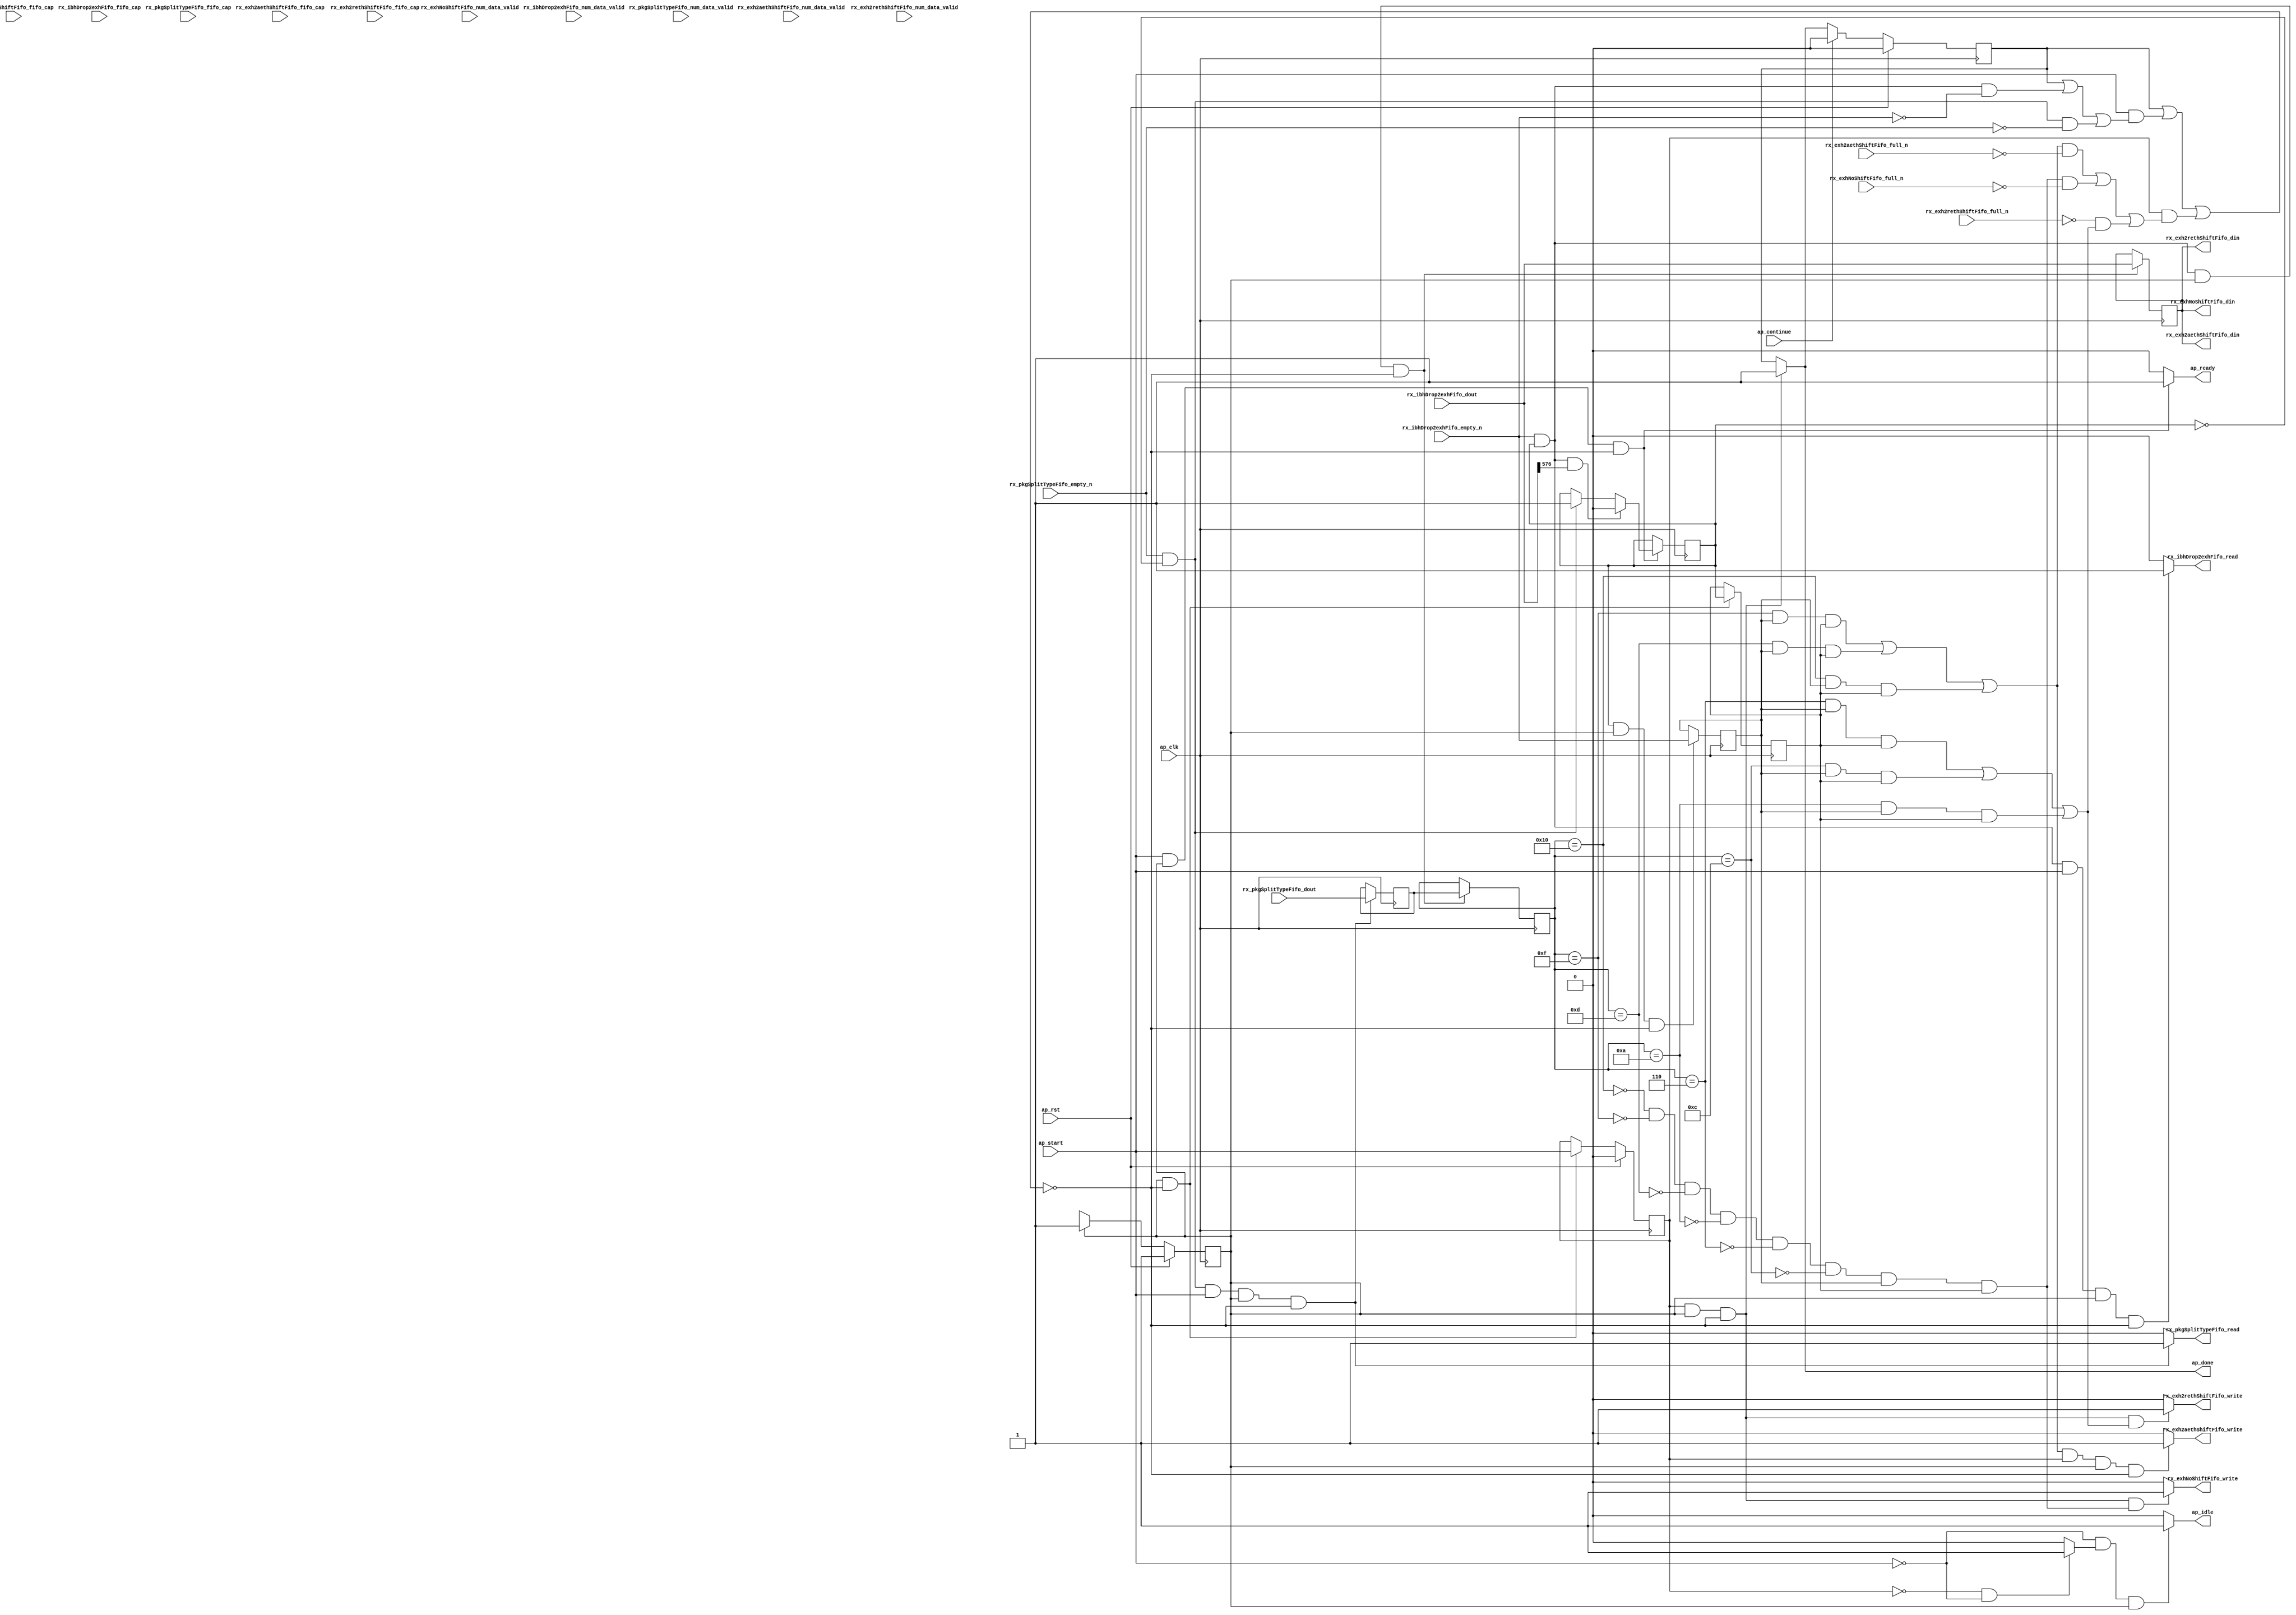
// ==============================================================
// RTL generated by Vitis HLS - High-Level Synthesis from C, C++ and OpenCL v2022.2 (64-bit)
// Version: 2022.2
// Copyright (C) Copyright 1986-2022 Xilinx, Inc. All Rights Reserved.
// 
// ===========================================================

`timescale 1 ns / 1 ps 

module rocev2_top_rx_exh_payload_512_0_s (
        ap_clk,
        ap_rst,
        ap_start,
        ap_done,
        ap_continue,
        ap_idle,
        ap_ready,
        rx_pkgSplitTypeFifo_dout,
        rx_pkgSplitTypeFifo_num_data_valid,
        rx_pkgSplitTypeFifo_fifo_cap,
        rx_pkgSplitTypeFifo_empty_n,
        rx_pkgSplitTypeFifo_read,
        rx_ibhDrop2exhFifo_dout,
        rx_ibhDrop2exhFifo_num_data_valid,
        rx_ibhDrop2exhFifo_fifo_cap,
        rx_ibhDrop2exhFifo_empty_n,
        rx_ibhDrop2exhFifo_read,
        rx_exh2aethShiftFifo_din,
        rx_exh2aethShiftFifo_num_data_valid,
        rx_exh2aethShiftFifo_fifo_cap,
        rx_exh2aethShiftFifo_full_n,
        rx_exh2aethShiftFifo_write,
        rx_exh2rethShiftFifo_din,
        rx_exh2rethShiftFifo_num_data_valid,
        rx_exh2rethShiftFifo_fifo_cap,
        rx_exh2rethShiftFifo_full_n,
        rx_exh2rethShiftFifo_write,
        rx_exhNoShiftFifo_din,
        rx_exhNoShiftFifo_num_data_valid,
        rx_exhNoShiftFifo_fifo_cap,
        rx_exhNoShiftFifo_full_n,
        rx_exhNoShiftFifo_write
);

parameter    ap_ST_fsm_pp0_stage0 = 1'd1;

input   ap_clk;
input   ap_rst;
input   ap_start;
output   ap_done;
input   ap_continue;
output   ap_idle;
output   ap_ready;
input  [4:0] rx_pkgSplitTypeFifo_dout;
input  [1:0] rx_pkgSplitTypeFifo_num_data_valid;
input  [1:0] rx_pkgSplitTypeFifo_fifo_cap;
input   rx_pkgSplitTypeFifo_empty_n;
output   rx_pkgSplitTypeFifo_read;
input  [1023:0] rx_ibhDrop2exhFifo_dout;
input  [5:0] rx_ibhDrop2exhFifo_num_data_valid;
input  [5:0] rx_ibhDrop2exhFifo_fifo_cap;
input   rx_ibhDrop2exhFifo_empty_n;
output   rx_ibhDrop2exhFifo_read;
output  [1023:0] rx_exh2aethShiftFifo_din;
input  [2:0] rx_exh2aethShiftFifo_num_data_valid;
input  [2:0] rx_exh2aethShiftFifo_fifo_cap;
input   rx_exh2aethShiftFifo_full_n;
output   rx_exh2aethShiftFifo_write;
output  [1023:0] rx_exh2rethShiftFifo_din;
input  [2:0] rx_exh2rethShiftFifo_num_data_valid;
input  [2:0] rx_exh2rethShiftFifo_fifo_cap;
input   rx_exh2rethShiftFifo_full_n;
output   rx_exh2rethShiftFifo_write;
output  [1023:0] rx_exhNoShiftFifo_din;
input  [2:0] rx_exhNoShiftFifo_num_data_valid;
input  [2:0] rx_exhNoShiftFifo_fifo_cap;
input   rx_exhNoShiftFifo_full_n;
output   rx_exhNoShiftFifo_write;

reg ap_done;
reg ap_idle;
reg ap_ready;
reg rx_pkgSplitTypeFifo_read;
reg rx_ibhDrop2exhFifo_read;
reg rx_exh2aethShiftFifo_write;
reg rx_exh2rethShiftFifo_write;
reg rx_exhNoShiftFifo_write;

(* fsm_encoding = "none" *) reg   [0:0] ap_CS_fsm;
wire    ap_CS_fsm_pp0_stage0;
wire    ap_enable_reg_pp0_iter0;
reg    ap_enable_reg_pp0_iter1;
reg    ap_idle_pp0;
wire   [0:0] tmp_i_nbreadreq_fu_58_p3;
reg    ap_predicate_op28_read_state1;
wire   [0:0] tmp_i_178_nbreadreq_fu_72_p3;
reg    ap_predicate_op35_read_state1;
reg    ap_done_reg;
reg    ap_block_state1_pp0_stage0_iter0;
reg   [0:0] rep_state_load_reg_141;
reg   [0:0] tmp_i_178_reg_148;
reg   [4:0] code_V_reg_162;
reg    ap_predicate_op45_write_state2;
reg    ap_predicate_op47_write_state2;
reg    ap_predicate_op49_write_state2;
reg    ap_block_state2_pp0_stage0_iter1;
reg    ap_block_pp0_stage0_subdone;
reg   [0:0] rep_state;
reg   [4:0] meta_op_code_V_1;
reg    rx_pkgSplitTypeFifo_blk_n;
wire    ap_block_pp0_stage0;
reg    rx_ibhDrop2exhFifo_blk_n;
reg    rx_exh2rethShiftFifo_blk_n;
reg    rx_exh2aethShiftFifo_blk_n;
reg    rx_exhNoShiftFifo_blk_n;
reg    ap_block_pp0_stage0_11001;
reg   [1023:0] rx_ibhDrop2exhFifo_read_reg_152;
wire   [0:0] currWord_last_V_fu_123_p3;
reg    ap_block_pp0_stage0_01001;
reg   [0:0] ap_NS_fsm;
reg    ap_idle_pp0_0to0;
reg    ap_reset_idle_pp0;
wire    ap_enable_pp0;
reg    ap_condition_188;
reg    ap_condition_184;
wire    ap_ce_reg;

// power-on initialization
initial begin
#0 ap_CS_fsm = 1'd1;
#0 ap_enable_reg_pp0_iter1 = 1'b0;
#0 ap_done_reg = 1'b0;
#0 rep_state = 1'd0;
#0 meta_op_code_V_1 = 5'd0;
end

always @ (posedge ap_clk) begin
    if (ap_rst == 1'b1) begin
        ap_CS_fsm <= ap_ST_fsm_pp0_stage0;
    end else begin
        ap_CS_fsm <= ap_NS_fsm;
    end
end

always @ (posedge ap_clk) begin
    if (ap_rst == 1'b1) begin
        ap_done_reg <= 1'b0;
    end else begin
        if ((ap_continue == 1'b1)) begin
            ap_done_reg <= 1'b0;
        end else if (((ap_enable_reg_pp0_iter1 == 1'b1) & (1'b1 == ap_CS_fsm_pp0_stage0) & (1'b0 == ap_block_pp0_stage0_subdone))) begin
            ap_done_reg <= 1'b1;
        end
    end
end

always @ (posedge ap_clk) begin
    if (ap_rst == 1'b1) begin
        ap_enable_reg_pp0_iter1 <= 1'b0;
    end else begin
        if (((1'b1 == ap_CS_fsm_pp0_stage0) & (1'b0 == ap_block_pp0_stage0_subdone))) begin
            ap_enable_reg_pp0_iter1 <= ap_start;
        end
    end
end

always @ (posedge ap_clk) begin
    if ((1'b1 == ap_condition_184)) begin
        if ((1'b1 == ap_condition_188)) begin
            rep_state <= 1'd0;
        end else if (((tmp_i_nbreadreq_fu_58_p3 == 1'd1) & (rep_state == 1'd0))) begin
            rep_state <= 1'd1;
        end
    end
end

always @ (posedge ap_clk) begin
    if (((tmp_i_178_nbreadreq_fu_72_p3 == 1'd1) & (rep_state == 1'd1) & (1'b1 == ap_CS_fsm_pp0_stage0) & (1'b0 == ap_block_pp0_stage0_11001))) begin
        code_V_reg_162 <= meta_op_code_V_1;
    end
end

always @ (posedge ap_clk) begin
    if (((tmp_i_nbreadreq_fu_58_p3 == 1'd1) & (rep_state == 1'd0) & (ap_start == 1'b1) & (1'b1 == ap_CS_fsm_pp0_stage0) & (1'b0 == ap_block_pp0_stage0_11001))) begin
        meta_op_code_V_1 <= rx_pkgSplitTypeFifo_dout;
    end
end

always @ (posedge ap_clk) begin
    if (((1'b1 == ap_CS_fsm_pp0_stage0) & (1'b0 == ap_block_pp0_stage0_11001))) begin
        rep_state_load_reg_141 <= rep_state;
    end
end

always @ (posedge ap_clk) begin
    if (((ap_predicate_op35_read_state1 == 1'b1) & (1'b1 == ap_CS_fsm_pp0_stage0) & (1'b0 == ap_block_pp0_stage0_11001))) begin
        rx_ibhDrop2exhFifo_read_reg_152 <= rx_ibhDrop2exhFifo_dout;
    end
end

always @ (posedge ap_clk) begin
    if (((rep_state == 1'd1) & (1'b1 == ap_CS_fsm_pp0_stage0) & (1'b0 == ap_block_pp0_stage0_11001))) begin
        tmp_i_178_reg_148 <= tmp_i_178_nbreadreq_fu_72_p3;
    end
end

always @ (*) begin
    if (((ap_enable_reg_pp0_iter1 == 1'b1) & (1'b1 == ap_CS_fsm_pp0_stage0) & (1'b0 == ap_block_pp0_stage0_subdone))) begin
        ap_done = 1'b1;
    end else begin
        ap_done = ap_done_reg;
    end
end

always @ (*) begin
    if (((ap_start == 1'b0) & (ap_idle_pp0 == 1'b1) & (1'b1 == ap_CS_fsm_pp0_stage0))) begin
        ap_idle = 1'b1;
    end else begin
        ap_idle = 1'b0;
    end
end

always @ (*) begin
    if (((ap_enable_reg_pp0_iter1 == 1'b0) & (ap_enable_reg_pp0_iter0 == 1'b0))) begin
        ap_idle_pp0 = 1'b1;
    end else begin
        ap_idle_pp0 = 1'b0;
    end
end

always @ (*) begin
    if ((ap_enable_reg_pp0_iter0 == 1'b0)) begin
        ap_idle_pp0_0to0 = 1'b1;
    end else begin
        ap_idle_pp0_0to0 = 1'b0;
    end
end

always @ (*) begin
    if (((ap_start == 1'b1) & (1'b1 == ap_CS_fsm_pp0_stage0) & (1'b0 == ap_block_pp0_stage0_subdone))) begin
        ap_ready = 1'b1;
    end else begin
        ap_ready = 1'b0;
    end
end

always @ (*) begin
    if (((ap_start == 1'b0) & (ap_idle_pp0_0to0 == 1'b1))) begin
        ap_reset_idle_pp0 = 1'b1;
    end else begin
        ap_reset_idle_pp0 = 1'b0;
    end
end

always @ (*) begin
    if (((ap_predicate_op45_write_state2 == 1'b1) & (ap_enable_reg_pp0_iter1 == 1'b1) & (1'b1 == ap_CS_fsm_pp0_stage0) & (1'b0 == ap_block_pp0_stage0))) begin
        rx_exh2aethShiftFifo_blk_n = rx_exh2aethShiftFifo_full_n;
    end else begin
        rx_exh2aethShiftFifo_blk_n = 1'b1;
    end
end

always @ (*) begin
    if (((ap_predicate_op45_write_state2 == 1'b1) & (ap_enable_reg_pp0_iter1 == 1'b1) & (1'b1 == ap_CS_fsm_pp0_stage0) & (1'b0 == ap_block_pp0_stage0_11001))) begin
        rx_exh2aethShiftFifo_write = 1'b1;
    end else begin
        rx_exh2aethShiftFifo_write = 1'b0;
    end
end

always @ (*) begin
    if (((ap_enable_reg_pp0_iter1 == 1'b1) & (1'b1 == ap_CS_fsm_pp0_stage0) & (1'b0 == ap_block_pp0_stage0) & (ap_predicate_op47_write_state2 == 1'b1))) begin
        rx_exh2rethShiftFifo_blk_n = rx_exh2rethShiftFifo_full_n;
    end else begin
        rx_exh2rethShiftFifo_blk_n = 1'b1;
    end
end

always @ (*) begin
    if (((ap_enable_reg_pp0_iter1 == 1'b1) & (1'b1 == ap_CS_fsm_pp0_stage0) & (1'b0 == ap_block_pp0_stage0_11001) & (ap_predicate_op47_write_state2 == 1'b1))) begin
        rx_exh2rethShiftFifo_write = 1'b1;
    end else begin
        rx_exh2rethShiftFifo_write = 1'b0;
    end
end

always @ (*) begin
    if (((ap_enable_reg_pp0_iter1 == 1'b1) & (1'b1 == ap_CS_fsm_pp0_stage0) & (1'b0 == ap_block_pp0_stage0) & (ap_predicate_op49_write_state2 == 1'b1))) begin
        rx_exhNoShiftFifo_blk_n = rx_exhNoShiftFifo_full_n;
    end else begin
        rx_exhNoShiftFifo_blk_n = 1'b1;
    end
end

always @ (*) begin
    if (((ap_enable_reg_pp0_iter1 == 1'b1) & (1'b1 == ap_CS_fsm_pp0_stage0) & (1'b0 == ap_block_pp0_stage0_11001) & (ap_predicate_op49_write_state2 == 1'b1))) begin
        rx_exhNoShiftFifo_write = 1'b1;
    end else begin
        rx_exhNoShiftFifo_write = 1'b0;
    end
end

always @ (*) begin
    if (((ap_done_reg == 1'b0) & (ap_predicate_op35_read_state1 == 1'b1) & (ap_start == 1'b1) & (1'b1 == ap_CS_fsm_pp0_stage0) & (1'b0 == ap_block_pp0_stage0))) begin
        rx_ibhDrop2exhFifo_blk_n = rx_ibhDrop2exhFifo_empty_n;
    end else begin
        rx_ibhDrop2exhFifo_blk_n = 1'b1;
    end
end

always @ (*) begin
    if (((ap_predicate_op35_read_state1 == 1'b1) & (ap_start == 1'b1) & (1'b1 == ap_CS_fsm_pp0_stage0) & (1'b0 == ap_block_pp0_stage0_11001))) begin
        rx_ibhDrop2exhFifo_read = 1'b1;
    end else begin
        rx_ibhDrop2exhFifo_read = 1'b0;
    end
end

always @ (*) begin
    if (((ap_done_reg == 1'b0) & (ap_predicate_op28_read_state1 == 1'b1) & (ap_start == 1'b1) & (1'b1 == ap_CS_fsm_pp0_stage0) & (1'b0 == ap_block_pp0_stage0))) begin
        rx_pkgSplitTypeFifo_blk_n = rx_pkgSplitTypeFifo_empty_n;
    end else begin
        rx_pkgSplitTypeFifo_blk_n = 1'b1;
    end
end

always @ (*) begin
    if (((ap_predicate_op28_read_state1 == 1'b1) & (ap_start == 1'b1) & (1'b1 == ap_CS_fsm_pp0_stage0) & (1'b0 == ap_block_pp0_stage0_11001))) begin
        rx_pkgSplitTypeFifo_read = 1'b1;
    end else begin
        rx_pkgSplitTypeFifo_read = 1'b0;
    end
end

always @ (*) begin
    case (ap_CS_fsm)
        ap_ST_fsm_pp0_stage0 : begin
            ap_NS_fsm = ap_ST_fsm_pp0_stage0;
        end
        default : begin
            ap_NS_fsm = 'bx;
        end
    endcase
end

assign ap_CS_fsm_pp0_stage0 = ap_CS_fsm[32'd0];

assign ap_block_pp0_stage0 = ~(1'b1 == 1'b1);

always @ (*) begin
    ap_block_pp0_stage0_01001 = ((ap_done_reg == 1'b1) | ((ap_start == 1'b1) & ((ap_done_reg == 1'b1) | ((ap_predicate_op35_read_state1 == 1'b1) & (rx_ibhDrop2exhFifo_empty_n == 1'b0)) | ((ap_predicate_op28_read_state1 == 1'b1) & (rx_pkgSplitTypeFifo_empty_n == 1'b0)))) | ((ap_enable_reg_pp0_iter1 == 1'b1) & (((ap_predicate_op45_write_state2 == 1'b1) & (rx_exh2aethShiftFifo_full_n == 1'b0)) | ((ap_predicate_op49_write_state2 == 1'b1) & (rx_exhNoShiftFifo_full_n == 1'b0)) | ((rx_exh2rethShiftFifo_full_n == 1'b0) & (ap_predicate_op47_write_state2 == 1'b1)))));
end

always @ (*) begin
    ap_block_pp0_stage0_11001 = ((ap_done_reg == 1'b1) | ((ap_start == 1'b1) & ((ap_done_reg == 1'b1) | ((ap_predicate_op35_read_state1 == 1'b1) & (rx_ibhDrop2exhFifo_empty_n == 1'b0)) | ((ap_predicate_op28_read_state1 == 1'b1) & (rx_pkgSplitTypeFifo_empty_n == 1'b0)))) | ((ap_enable_reg_pp0_iter1 == 1'b1) & (((ap_predicate_op45_write_state2 == 1'b1) & (rx_exh2aethShiftFifo_full_n == 1'b0)) | ((ap_predicate_op49_write_state2 == 1'b1) & (rx_exhNoShiftFifo_full_n == 1'b0)) | ((rx_exh2rethShiftFifo_full_n == 1'b0) & (ap_predicate_op47_write_state2 == 1'b1)))));
end

always @ (*) begin
    ap_block_pp0_stage0_subdone = ((ap_done_reg == 1'b1) | ((ap_start == 1'b1) & ((ap_done_reg == 1'b1) | ((ap_predicate_op35_read_state1 == 1'b1) & (rx_ibhDrop2exhFifo_empty_n == 1'b0)) | ((ap_predicate_op28_read_state1 == 1'b1) & (rx_pkgSplitTypeFifo_empty_n == 1'b0)))) | ((ap_enable_reg_pp0_iter1 == 1'b1) & (((ap_predicate_op45_write_state2 == 1'b1) & (rx_exh2aethShiftFifo_full_n == 1'b0)) | ((ap_predicate_op49_write_state2 == 1'b1) & (rx_exhNoShiftFifo_full_n == 1'b0)) | ((rx_exh2rethShiftFifo_full_n == 1'b0) & (ap_predicate_op47_write_state2 == 1'b1)))));
end

always @ (*) begin
    ap_block_state1_pp0_stage0_iter0 = ((ap_done_reg == 1'b1) | ((ap_predicate_op35_read_state1 == 1'b1) & (rx_ibhDrop2exhFifo_empty_n == 1'b0)) | ((ap_predicate_op28_read_state1 == 1'b1) & (rx_pkgSplitTypeFifo_empty_n == 1'b0)));
end

always @ (*) begin
    ap_block_state2_pp0_stage0_iter1 = (((ap_predicate_op45_write_state2 == 1'b1) & (rx_exh2aethShiftFifo_full_n == 1'b0)) | ((ap_predicate_op49_write_state2 == 1'b1) & (rx_exhNoShiftFifo_full_n == 1'b0)) | ((rx_exh2rethShiftFifo_full_n == 1'b0) & (ap_predicate_op47_write_state2 == 1'b1)));
end

always @ (*) begin
    ap_condition_184 = ((ap_start == 1'b1) & (1'b1 == ap_CS_fsm_pp0_stage0) & (1'b0 == ap_block_pp0_stage0_11001));
end

always @ (*) begin
    ap_condition_188 = ((tmp_i_178_nbreadreq_fu_72_p3 == 1'd1) & (rep_state == 1'd1) & (currWord_last_V_fu_123_p3 == 1'd1));
end

assign ap_enable_pp0 = (ap_idle_pp0 ^ 1'b1);

assign ap_enable_reg_pp0_iter0 = ap_start;

always @ (*) begin
    ap_predicate_op28_read_state1 = ((tmp_i_nbreadreq_fu_58_p3 == 1'd1) & (rep_state == 1'd0));
end

always @ (*) begin
    ap_predicate_op35_read_state1 = ((tmp_i_178_nbreadreq_fu_72_p3 == 1'd1) & (rep_state == 1'd1));
end

always @ (*) begin
    ap_predicate_op45_write_state2 = ((((code_V_reg_162 == 5'd15) & (tmp_i_178_reg_148 == 1'd1) & (rep_state_load_reg_141 == 1'd1)) | ((code_V_reg_162 == 5'd13) & (tmp_i_178_reg_148 == 1'd1) & (rep_state_load_reg_141 == 1'd1))) | ((code_V_reg_162 == 5'd16) & (tmp_i_178_reg_148 == 1'd1) & (rep_state_load_reg_141 == 1'd1)));
end

always @ (*) begin
    ap_predicate_op47_write_state2 = ((((code_V_reg_162 == 5'd6) & (tmp_i_178_reg_148 == 1'd1) & (rep_state_load_reg_141 == 1'd1)) | ((code_V_reg_162 == 5'd12) & (tmp_i_178_reg_148 == 1'd1) & (rep_state_load_reg_141 == 1'd1))) | ((code_V_reg_162 == 5'd10) & (tmp_i_178_reg_148 == 1'd1) & (rep_state_load_reg_141 == 1'd1)));
end

always @ (*) begin
    ap_predicate_op49_write_state2 = (~(code_V_reg_162 == 5'd16) & ~(code_V_reg_162 == 5'd15) & ~(code_V_reg_162 == 5'd13) & ~(code_V_reg_162 == 5'd10) & ~(code_V_reg_162 == 5'd6) & ~(code_V_reg_162 == 5'd12) & (tmp_i_178_reg_148 == 1'd1) & (rep_state_load_reg_141 == 1'd1));
end

assign currWord_last_V_fu_123_p3 = rx_ibhDrop2exhFifo_dout[1024'd576];

assign rx_exh2aethShiftFifo_din = rx_ibhDrop2exhFifo_read_reg_152;

assign rx_exh2rethShiftFifo_din = rx_ibhDrop2exhFifo_read_reg_152;

assign rx_exhNoShiftFifo_din = rx_ibhDrop2exhFifo_read_reg_152;

assign tmp_i_178_nbreadreq_fu_72_p3 = rx_ibhDrop2exhFifo_empty_n;

assign tmp_i_nbreadreq_fu_58_p3 = rx_pkgSplitTypeFifo_empty_n;

endmodule //rocev2_top_rx_exh_payload_512_0_s